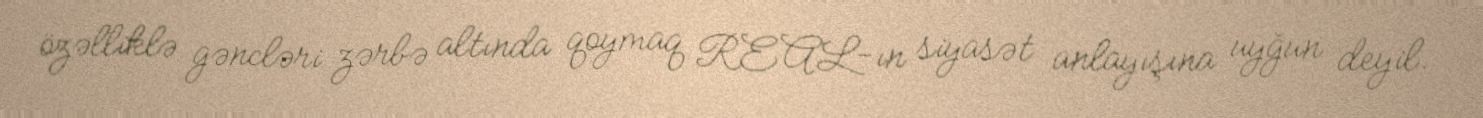
özəlliklə gəncləri zərbə altında qoymaq REAL-ın siyasət anlayışına uyğun deyil.